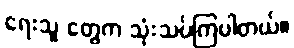
ရေးသူ တွေက သုံးသပ်ကြပါတယ်။